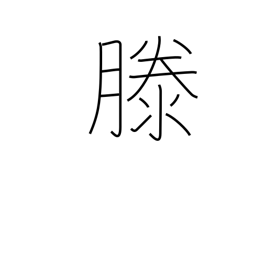
Meaning: rising water